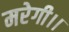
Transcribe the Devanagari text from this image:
मरेगी।।